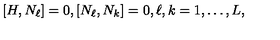
\left[ H , N _ { \ell } \right] = 0 , \left[ N _ { \ell } , N _ { k } \right] = 0 , \ell , k = 1 , \ldots , L ,